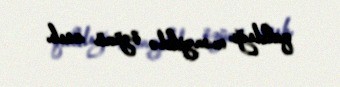
qaldığı mənzildə özünü asıb.